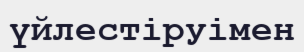
үйлестіруімен